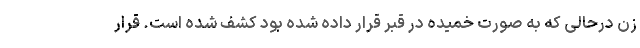
زن درحالی که به صورت خمیده در قبر قرار داده شده بود کشف شده است. قرار